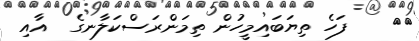
٣٩    ފަހެ ތިޔަބައިމީހުން ތިމަންރަސްކަލާނގެ  އާއި